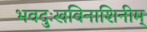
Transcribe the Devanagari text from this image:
भवदुःखविनाशिनीम्